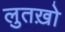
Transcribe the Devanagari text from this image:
लुतख़ो